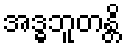
အဒ္ဓဘူတန္တိ